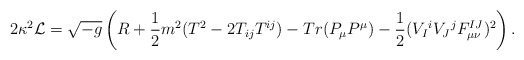
\begin{align*}2\kappa^2 {\cal L} = \sqrt{-g} \left( R + {1\over 2} m^2 (T^2 - 2T_{ij}T^{ij}) -Tr(P_{\mu} P^{\mu}) - {1\over 2} (V_I{}^i V_J{}^j F_{\mu \nu}^{IJ})^2 \right) . \end{align*}